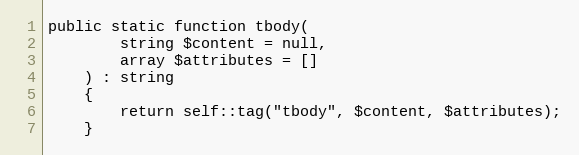
Language: PHP
public static function tbody(
        string $content = null,
        array $attributes = []
    ) : string
    {
        return self::tag("tbody", $content, $attributes);
    }